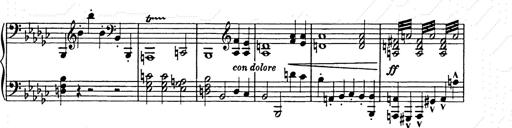
Title: Allegro di bravura
Composer: Carl Maria von Weber
Key: D major